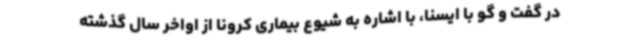
در گفت و گو با ایسنا، با اشاره به شیوع بیماری کرونا از اواخر سال گذشته